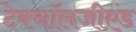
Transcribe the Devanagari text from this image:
टेक्नॉलजीएंड